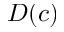
D ( c )